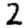
Digit: 2